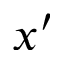
x ^ { \prime }